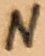
Text: N